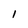
Character: l